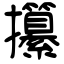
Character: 攥